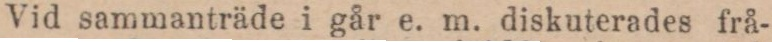
Vid sammanträde i går e. m. diskuterades frå-